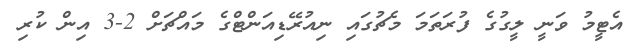
އެޓީމު ވަނީ ލީގުގެ ފުރަތަމަ މެޗުގައި ނިއުރޭޑިއަންޓްގެ މައްޗަށް 2-3 އިން ކުރި